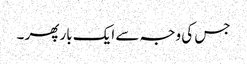
جس کی وجہ سے ایک بار پھر ۔